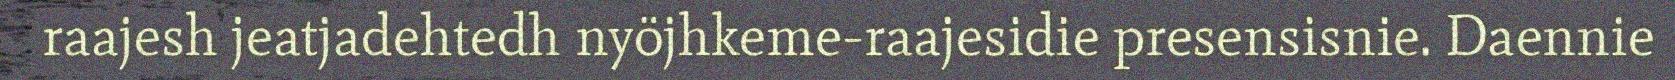
raajesh jeatjadehtedh nyöjhkeme-raajesidie presensisnie. Daennie